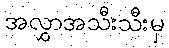
အလွှာအသီးသီးမှ